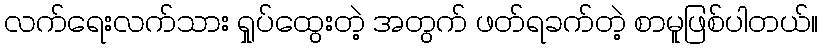
လက်ရေးလက်သား ရှုပ်ထွေးတဲ့ အတွက် ဖတ်ရခက်တဲ့ စာမူဖြစ်ပါတယ်။